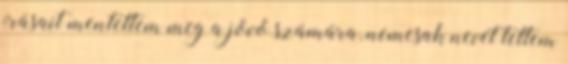
írásait mentettem meg a jövő számára, nemcsak nevét tettem